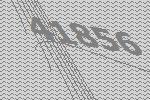
41856